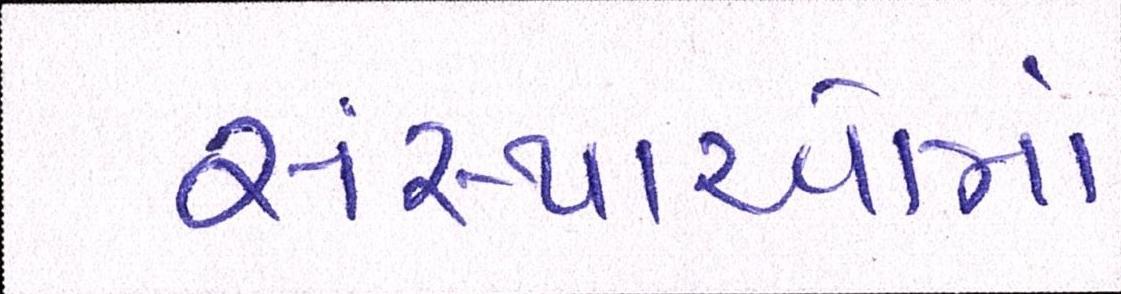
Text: સંસ્થાઓમાં